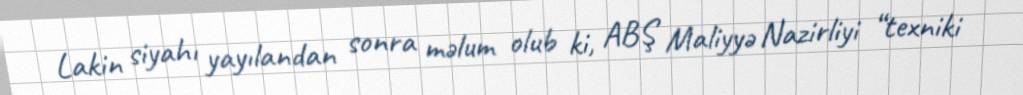
Lakin siyahı yayılandan sonra məlum olub ki, ABŞ Maliyyə Nazirliyi “texniki